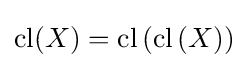
\operatorname {cl} (X)=\operatorname {cl} \left(\operatorname {cl} \left(X\right)\right)